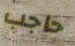
حاجب